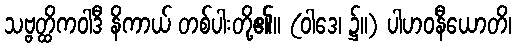
သဗ္ဗတ္ထိကဝါဒီ နိကာယ် တစ်ပါးတို့၏။ (ဝါဒေ၊ ၌။) ပါဟဝနီယောတိ၊